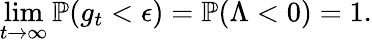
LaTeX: \operatorname*{lim}_{t\to\infty}\mathbb{P}(g_{t}<\epsilon)=\mathbb{P}(\Lambda<0)=1.